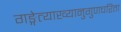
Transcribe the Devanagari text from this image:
गङ्गेत्याख्यानुगुणचरिता